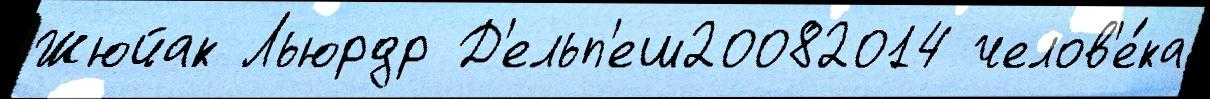
Жюйак Льюрдр Д'ельп'еш20082014 челов'е́ка